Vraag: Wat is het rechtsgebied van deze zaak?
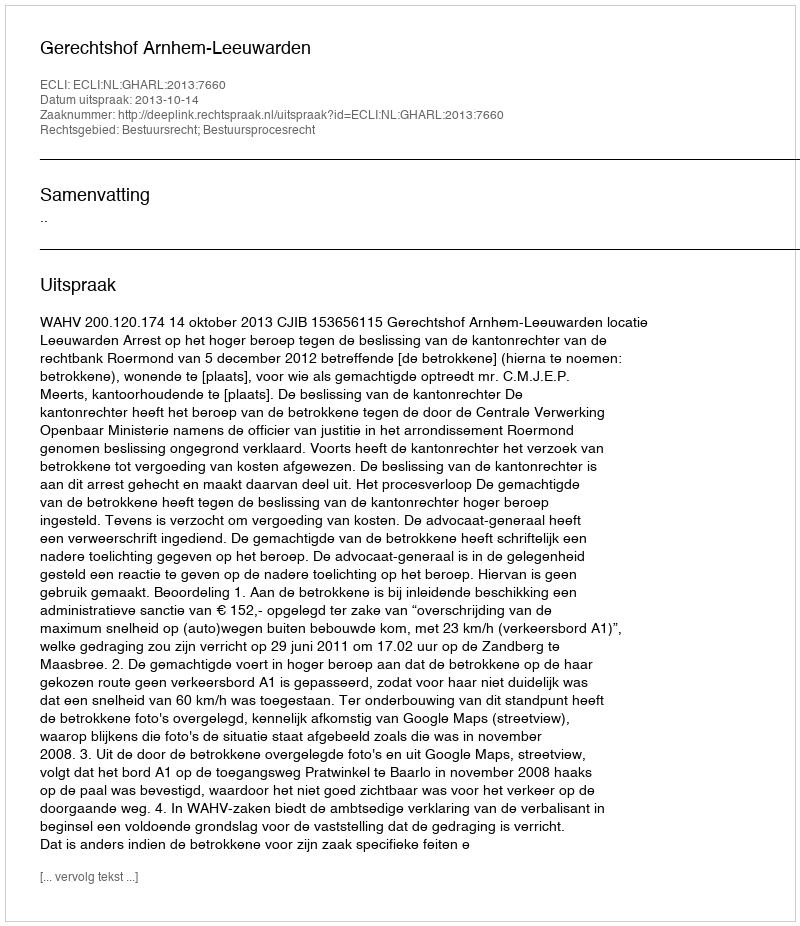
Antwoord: Bestuursrecht; Bestuursprocesrecht